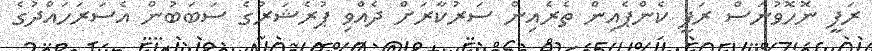
ރަފީ ނޮހޮވުނަސް ރަފީ ކެންޕެއިން ތެރެއިން ސަރުކާރަށް ދެއްވި ޕުރެޝަރުގެ ސަބަބުން އެސަރަހައްދުގެ